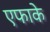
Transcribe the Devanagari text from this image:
एफाके